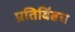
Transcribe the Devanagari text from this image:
प्रतिबिंबच